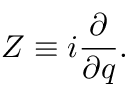
Z \equiv i \frac { \partial } { \partial q } .